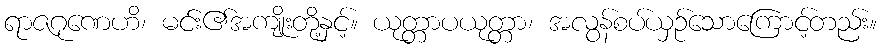
ရာဇဂုဏေဟိ၊ မင်း၏အကျိုးတို့နှင့်။ ယုတ္တာပယုတ္တာ၊ အလွန်စပ်ယှဉ်သောကြောင့်တည်း။